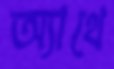
অ্যাথে